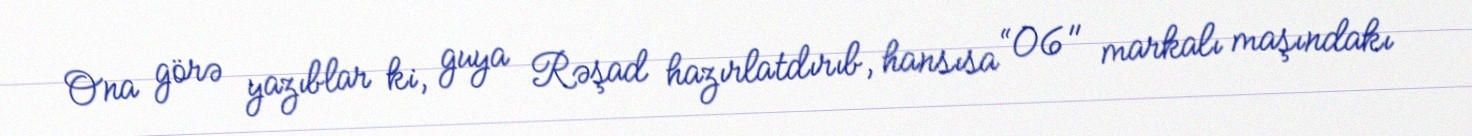
Ona görə yazıblar ki, guya Rəşad hazırlatdırıb, hansısa “06" markalı maşındakı